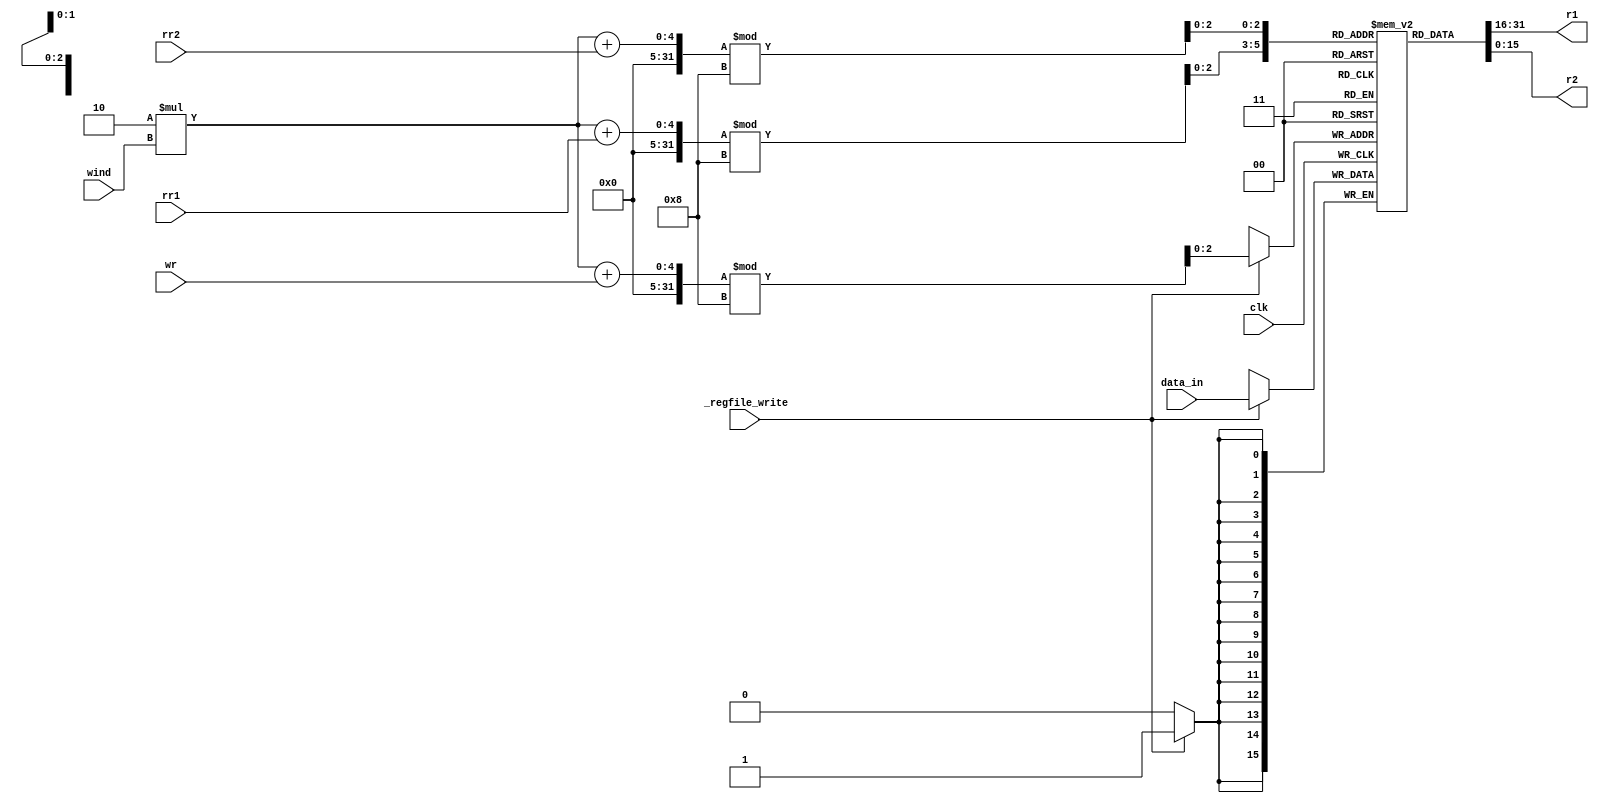
module RegisterFile(
	input [1:0] rr1, rr2, wr, wind,
	input [15:0] data_in,
	output reg [15:0] r1, r2,
	input _regfile_write , clk
	);


	reg [15:0] register[7:0];

	initial
	begin
		register[0] <= 16'b0000000000000000;
		register[1] <= 16'b0000000000000001;
		register[2] <= 16'b0000000000000010;
		register[3] <= 16'b0000000000000011;
		register[4] <= 16'b0000000000000100;
		register[5] <= 16'b0000000000000101;
		register[6] <= 16'b0000000000000110;
		register[7] <= 16'b0000000000000111;
	end

  always @ ( posedge clk )
  begin
    if(_regfile_write) begin
	    register[(2 * wind + wr) % 8] = data_in;
	  end  
  end

	always @ ( * )
	begin
		r1 = register[(2 * wind + rr1) % 8];
		r2 = register[(2 * wind + rr2) % 8];
	end

endmodule